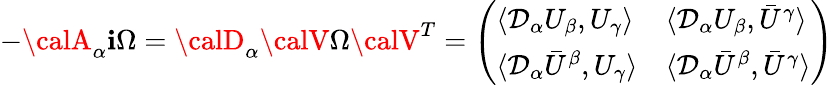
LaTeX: -{\calA}_{\alpha}\mathbf{i}\Omega={\calD}_{\alpha}{\calV}\Omega{\calV}^{T}=\left(\begin{array}{ll}{{\langle{\cal D}_{\alpha}U_{\beta},U_{\gamma}\rangle}}&{{\langle{\cal D}_{\alpha}U_{\beta},\bar{U}^{\gamma}\rangle}}\\ {{\langle{\cal D}_{\alpha}\bar{U}^{\beta},U_{\gamma}\rangle}}&{{\langle{\cal D}_{\alpha}\bar{U}^{\beta},\bar{U}^{\gamma}\rangle}}\end{array}\right)